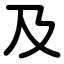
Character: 及